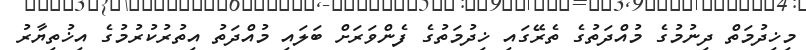
މިޚިދުމަތް ދިނުމުގެ މުއްދަތުގެ ތެރޭގައި ޚިދުމަތުގެ ފެންވަރަށް ބަލައި މުއްދަތު އިތުރުކުރުމުގެ އިޚުތިޔާރު